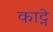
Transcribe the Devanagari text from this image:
काट्ने